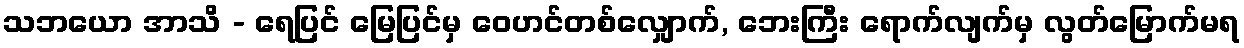
သဘယော အာသိ - ရေပြင် မြေပြင်မှ ဝေဟင်တစ်လျှောက်, ဘေးကြီး ရောက်လျက်မှ လွတ်မြောက်မရ